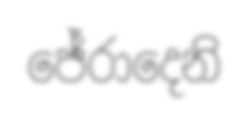
ජේරාදෙනි